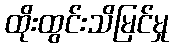
ထိုးထွင်းသိမြင်မှု